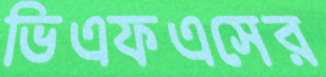
ভিএফএসের